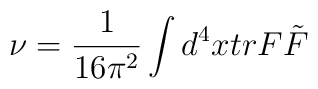
\nu =\frac{1}{16\pi^{2}}\int d^{4}x tr F\tilde{F}